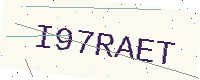
Text: I97RAET